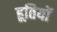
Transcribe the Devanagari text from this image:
हूतियों